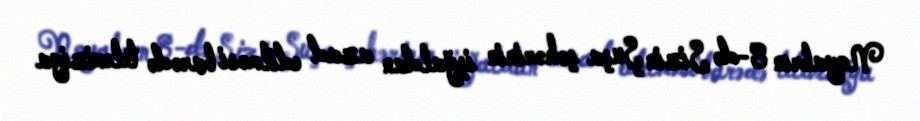
Noyabrın 8-də Sizin Şuşa şəhərinin işğaldan azad edilməsi barədə televiziya